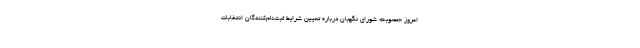
امروز «مصوبه» شورای نگهبان درباره تعیین شرایط ثبت‌نام‌کنندگان انتخابات